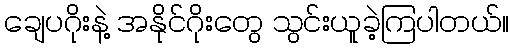
ချေပဂိုးနဲ့ အနိုင်ဂိုးတွေ သွင်းယူခဲ့ကြပါတယ်။